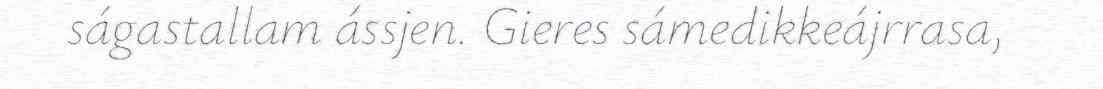
ságastallam ássjen. Gieres sámedikkeájrrasa,